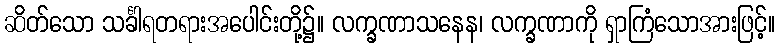
ဆိတ်သော သင်္ခါရတရားအပေါင်းတို့၌။ လက္ခဏာသနေန၊ လက္ခဏာကို ရှာကြံသောအားဖြင့်။